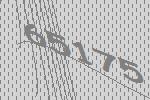
65175